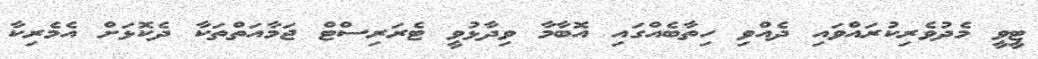
ޓީވީ މެދުވެރިކުރައްވައި ދެއްވި ހިތާބެއްގައި އޮބާމާ ވިދާޅުވީ ޓެރަރިސްޓް ޖަމާއަތްތަކާ ދެކޮޅަށް އެމެރިކާ